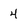
Character: 4